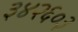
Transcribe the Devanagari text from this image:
३४२६०३